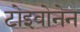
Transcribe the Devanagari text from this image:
टोइवोनेन